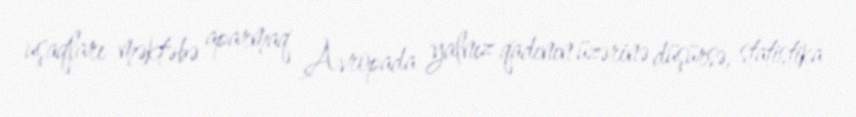
uşaqları məktəbə aparmaq Avropada yalnız qadının üzərinə düşürsə, statistika